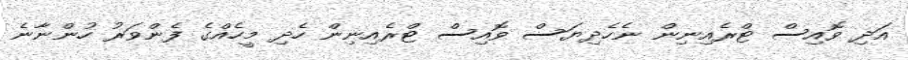
އަދި ވޮއިސް ޓްރެއިނިން ނެހެދިޔަސް ވޮއިސް ޓްރެއިނިން ހެދި މީހެއްގެ ފެންވަރު ހުންނާނެ